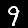
Label: 9